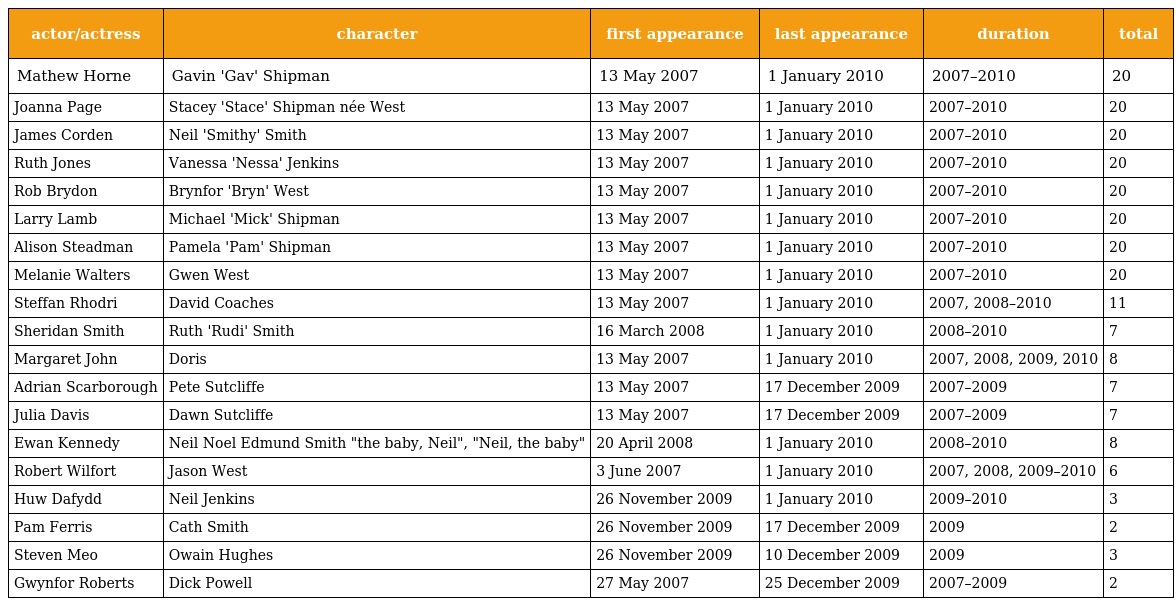
| actor/actress | character | first appearance | last appearance | duration | total |
 | --- | --- | --- | --- | --- | --- |
 | Mathew Horne | Gavin 'Gav' Shipman | 13 May 2007 | 1 January 2010 | 2007–2010 | 20 |
 | Joanna Page | Stacey 'Stace' Shipman née West | 13 May 2007 | 1 January 2010 | 2007–2010 | 20 |
 | James Corden | Neil 'Smithy' Smith | 13 May 2007 | 1 January 2010 | 2007–2010 | 20 |
 | Ruth Jones | Vanessa 'Nessa' Jenkins | 13 May 2007 | 1 January 2010 | 2007–2010 | 20 |
 | Rob Brydon | Brynfor 'Bryn' West | 13 May 2007 | 1 January 2010 | 2007–2010 | 20 |
 | Larry Lamb | Michael 'Mick' Shipman | 13 May 2007 | 1 January 2010 | 2007–2010 | 20 |
 | Alison Steadman | Pamela 'Pam' Shipman | 13 May 2007 | 1 January 2010 | 2007–2010 | 20 |
 | Melanie Walters | Gwen West | 13 May 2007 | 1 January 2010 | 2007–2010 | 20 |
 | Steffan Rhodri | David Coaches | 13 May 2007 | 1 January 2010 | 2007, 2008–2010 | 11 |
 | Sheridan Smith | Ruth 'Rudi' Smith | 16 March 2008 | 1 January 2010 | 2008–2010 | 7 |
 | Margaret John | Doris | 13 May 2007 | 1 January 2010 | 2007, 2008, 2009, 2010 | 8 |
 | Adrian Scarborough | Pete Sutcliffe | 13 May 2007 | 17 December 2009 | 2007–2009 | 7 |
 | Julia Davis | Dawn Sutcliffe | 13 May 2007 | 17 December 2009 | 2007–2009 | 7 |
 | Ewan Kennedy | Neil Noel Edmund Smith "the baby, Neil", "Neil, the baby" | 20 April 2008 | 1 January 2010 | 2008–2010 | 8 |
 | Robert Wilfort | Jason West | 3 June 2007 | 1 January 2010 | 2007, 2008, 2009–2010 | 6 |
 | Huw Dafydd | Neil Jenkins | 26 November 2009 | 1 January 2010 | 2009–2010 | 3 |
 | Pam Ferris | Cath Smith | 26 November 2009 | 17 December 2009 | 2009 | 2 |
 | Steven Meo | Owain Hughes | 26 November 2009 | 10 December 2009 | 2009 | 3 |
 | Gwynfor Roberts | Dick Powell | 27 May 2007 | 25 December 2009 | 2007–2009 | 2 |